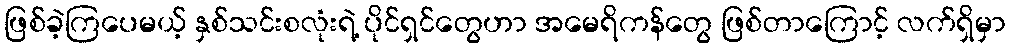
ဖြစ်ခဲ့ကြပေမယ့် နှစ်သင်းစလုံးရဲ့ ပိုင်ရှင်တွေဟာ အမေရိကန်တွေ ဖြစ်တာကြောင့် လက်ရှိမှာ